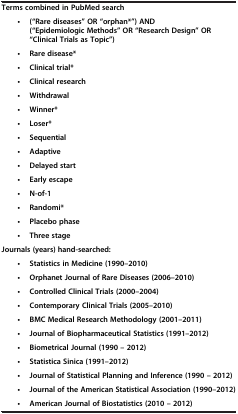
<table><thead><tr><td colspan="2"><b> </b></td></tr></thead><tbody><tr><td colspan="2"><b>Terms combined in PubMed search</b></td></tr><tr><td><b>•</b></td><td><b>(“Rare diseases” OR “orphan*”) AND (“Epidemiologic Methods” OR “Research Design” OR “Clinical Trials as Topic”)</b></td></tr><tr><td><b>•</b></td><td><b>Rare disease*</b></td></tr><tr><td><b>•</b></td><td><b>Clinical trial*</b></td></tr><tr><td><b>•</b></td><td><b>Clinical research</b></td></tr><tr><td><b>•</b></td><td><b>Withdrawal</b></td></tr><tr><td><b>•</b></td><td><b>Winner*</b></td></tr><tr><td><b>•</b></td><td><b>Loser*</b></td></tr><tr><td><b>•</b></td><td><b>Sequential</b></td></tr><tr><td><b>•</b></td><td><b>Adaptive</b></td></tr><tr><td><b>•</b></td><td><b>Delayed start</b></td></tr><tr><td><b>•</b></td><td><b>Early escape</b></td></tr><tr><td><b>•</b></td><td><b>N-of-1</b></td></tr><tr><td><b>•</b></td><td><b>Randomi*</b></td></tr><tr><td><b>•</b></td><td><b>Placebo phase</b></td></tr><tr><td><b>•</b></td><td><b>Three stage</b></td></tr><tr><td colspan="2"><b>Journals (years) hand-searched:</b></td></tr><tr><td><b>•</b></td><td><b>Statistics in Medicine (1990–2010)</b></td></tr><tr><td><b>•</b></td><td><b>Orphanet Journal of Rare Diseases (2006–2010)</b></td></tr><tr><td><b>•</b></td><td><b>Controlled Clinical Trials (2000–2004)</b></td></tr><tr><td><b>•</b></td><td><b>Contemporary Clinical Trials (2005–2010)</b></td></tr><tr><td><b>•</b></td><td><b>BMC Medical Research Methodology (2001–2011)</b></td></tr><tr><td><b>•</b></td><td><b>Journal of Biopharmaceutical Statistics (1991–2012)</b></td></tr><tr><td><b>•</b></td><td><b>Biometrical Journal (1990 – 2012)</b></td></tr><tr><td><b>•</b></td><td><b>Statistica Sinica (1991–2012)</b></td></tr><tr><td><b>•</b></td><td><b>Journal of Statistical Planning and Inference (1990 – 2012)</b></td></tr><tr><td><b>•</b></td><td><b>Journal of the American Statistical Association (1990–2012)</b></td></tr><tr><td><b>•</b></td><td><b>American Journal of Biostatistics (2010 – 2012)</b></td></tr></tbody></table>